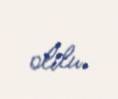
oldu.